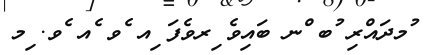
ުމދައްރި ުބ ްނ ބައިވެ ިރވެފަ ިއ ެވ ެއ ެވ. ިމ